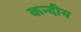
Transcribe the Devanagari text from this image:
कन्दीय